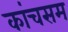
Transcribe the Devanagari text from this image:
कांचसम